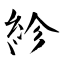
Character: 紾